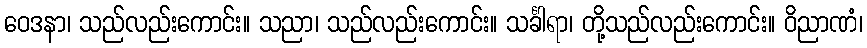
ဝေဒနာ၊ သည်လည်းကောင်း။ သညာ၊ သည်လည်းကောင်း။ သင်္ခါရာ၊ တို့သည်လည်းကောင်း။ ဝိညာဏံ၊